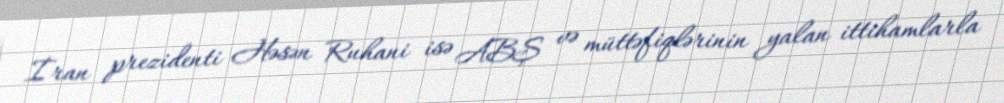
İran prezidenti Həsən Ruhani isə ABŞ və müttəfiqlərinin yalan ittihamlarla